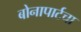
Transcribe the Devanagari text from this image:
बोनापार्टचा